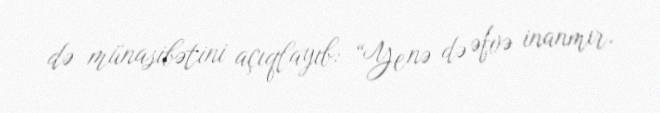
də münasibətini açıqlayıb: “Yenə də əfvə inanmır.